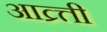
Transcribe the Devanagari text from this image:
आव्र्त्ती